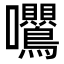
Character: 𭍕